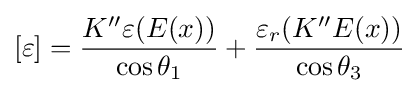
[\varepsilon ]={\frac {K''\varepsilon (E(x))}{\cos \theta _{1}}}+{\frac {\varepsilon _{r}(K''E(x))}{\cos \theta _{3}}}